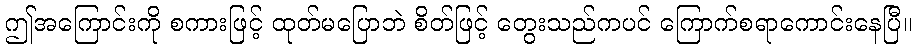
ဤအကြောင်းကို စကားဖြင့် ထုတ်မပြောဘဲ စိတ်ဖြင့် တွေးသည်ကပင် ကြောက်စရာကောင်းနေပြီ။